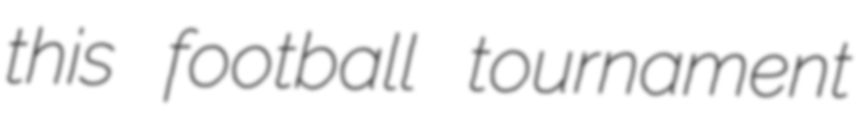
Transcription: this football tournament